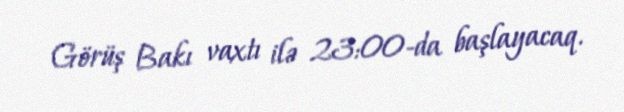
Görüş Bakı vaxtı ilə 23:00-da başlayacaq.